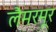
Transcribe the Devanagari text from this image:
लैमरमूर